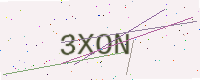
Text: 3XON